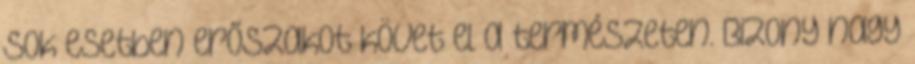
sok esetben erőszakot követ el a természeten. Bizony nagy